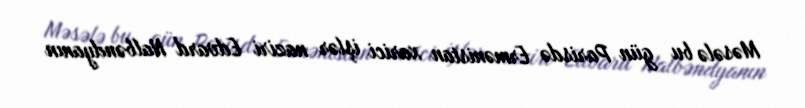
Məsələ bu gün Parisdə Ermənistan xarici işlər naziri Edvard Nalbəndyanın